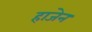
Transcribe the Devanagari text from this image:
हाजेन